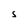
Character: 5